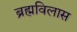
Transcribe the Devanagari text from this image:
ब्रह्मविलास